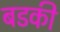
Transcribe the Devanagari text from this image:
बडकी